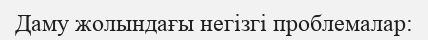
Даму жолындағы негізгі проблемалар: